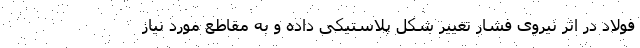
فولاد در اثر نیروی فشار تغییر شکل پلاستیکی داده و به مقاطع مورد نیاز